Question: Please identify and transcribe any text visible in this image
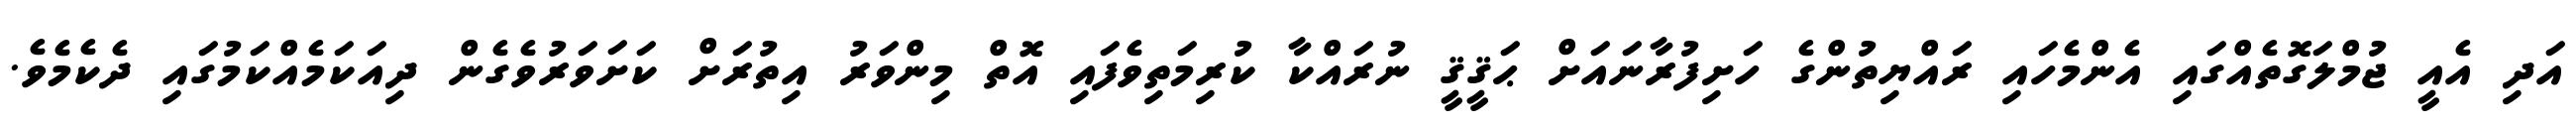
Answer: އަދި އެއީ ޖުމްލަގޮތެއްގައި އެންމެހައި ރައްޔިތުންގެ ހަށިފުރާނައަށް ޙަޤީޤީ ނުރައްކާ ކުރިމަތިވެފައި އޮތް މިންވަރު އިތުރަށް ކަށަވަރުވެގެން ދިއަކަމެއްކަމުގައި ދެކެމެވެ.